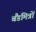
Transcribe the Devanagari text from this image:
बैंडमित्रों